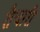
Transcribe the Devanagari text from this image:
तैेयारी